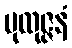
ပုထုဇ္ဇနံ